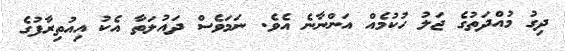
ދިގު މުއްދަތުގެ ޖަލު ހުކުމެއް އަންނާނެ އެވެ. ނަމަވެސް ދައުލަތާ އެކު އިއުތިރާފުގެ